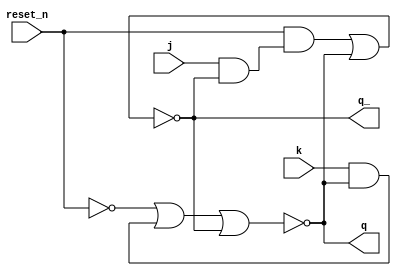
/* JK latch */
module JKLatch(input reset_n, input j, input k, output q, output q_);
    wire s, r;
    wire reset, s_final, r_final;

    not(reset, reset_n);

    and(s, j, q_);
    and(r, k, q);

    or(r_final, reset, r);
    and(s_final, reset_n, s);

    nor(q, r_final, q_);
    nor(q_, s_final, q);

endmodule

/* Negative edge triggered JK flip-flop */
module edge_trigger_JKFF(input reset_n, input j, input k, input clk, output reg q, output reg q_);  
    initial begin
      q = 0;
      q_ = ~q;
    end
    
    always @(negedge clk) begin
        q = reset_n & (j&~q | ~k&q);
        q_ = ~reset_n | ~q;
    end

endmodule

/* Negative edge triggered D flip-flop with edge_trigger_JKFF module */
module edge_trigger_D_FF(input reset_n, input d, input clk, output q, output q_);   

    wire d_;
    not(d_, d);

    edge_trigger_JKFF JKFF(
        .reset_n(reset_n),
        .j(d),
        .k(d_),
        .clk(clk),
        .q(q),
        .q_(q_)
    );
 
endmodule

/* 2:1 mux */
module mux2to1(
    input [1:0] in,
    input select,
    output out
);

    wire i0, i1;
    and(i0, ~select, in[0]);
    and(i1, select, in[1]);
    or(out, i0, i1);

endmodule

/* 4:1 mux */
module mux4to1(
    input [3:0] in,
    input [1:0] select,
    output out
);

    wire i0, i1, i2, i3;
    and(i0, ~select[1], ~select[0], in[0]);
    and(i1, ~select[1],  select[0], in[1]);
    and(i2, select[1], ~select[0], in[2]);
    and(i3, select[1],  select[0], in[3]);
    or(out, i0, i1, i2, i3);

endmodule

/* 3-bit carry-lookahead adder */
module adder(
    input [2:0] x,
    input [2:0] y,
    input c_in,             // Carry in
    output [2:0] out,
    output c_out            // Carry out
); 

    wire [2:0] p, g;
    wire [3:0] mid_c;
    wire mid0; wire [1:0] mid1; wire [2:0] mid2;

    // calculate p_i and g_i
    xor(p[0], x[0], y[0]);
    xor(p[1], x[1], y[1]);
    xor(p[2], x[2], y[2]);

    and(g[0], x[0], y[0]);
    and(g[1], x[1], y[1]);
    and(g[2], x[2], y[2]);

    // calculate c_1
    and(mid0, p[0], c_in);
    or(mid_c[0], mid0, g[0]);

    // calculate c_2
    and(mid1[0], p[1], p[0], c_in);
    and(mid1[1], p[1], g[0]);
    or(mid_c[1], mid1[0], mid1[1], g[1]);

    // calculate c_3
    and(mid2[0], p[2], p[1], p[0], c_in);
    and(mid2[1], p[2], p[1], g[0]);
    and(mid2[2], p[2], g[1]);
    or(c_out, mid2[0], mid2[1], mid2[2], g[2]);

    // calculate out_0 to out_2 and c_out
    xor(out[0], p[0], c_in);
    xor(out[1], p[1], mid_c[0]);
    xor(out[2], p[2], mid_c[1]);

endmodule